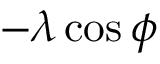
- \lambda \cos \phi